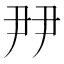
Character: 𡱉